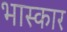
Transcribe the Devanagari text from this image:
भास्कार